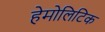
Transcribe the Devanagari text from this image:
हेमोलिटिक